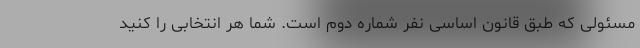
مسئولی که طبق قانون اساسی نفر شماره دوم است. شما هر انتخابی را کنید